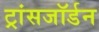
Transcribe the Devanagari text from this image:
ट्रांसजॉर्डन